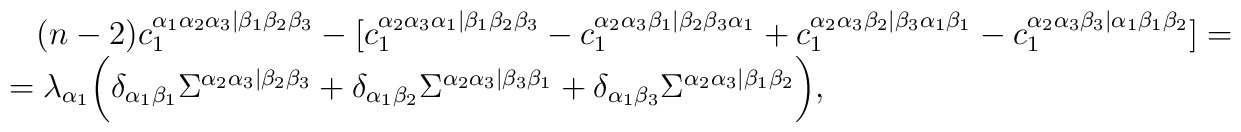
\begin{array}{l}\,\,\,\,\,(n-2)c_1^{\alpha_1\alpha_2\alpha_3|\beta_1\beta_2\beta_3}-[c_1^{\alpha_2\alpha_3\alpha_1|\beta_1\beta_2\beta_3}-c_1^{\alpha_2\alpha_3\beta_1|\beta_2\beta_3\alpha_1}+c_1^{\alpha_2\alpha_3\beta_2|\beta_3\alpha_1\beta_1}-c_1^{\alpha_2\alpha_3\beta_3|\alpha_1\beta_1\beta_2}]= \\=\lambda_{\alpha_1}\biggl(\delta_{\alpha_1\beta_1}\Sigma^{\alpha_2\alpha_3|\beta_2\beta_3}+\delta_{\alpha_1\beta_2}\Sigma^{\alpha_2\alpha_3|\beta_3\beta_1}+\delta_{\alpha_1\beta_3}\Sigma^{\alpha_2\alpha_3|\beta_1\beta_2}\biggr),\end{array}